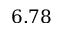
6 . 7 8